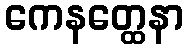
ကေနတ္ထေနာ